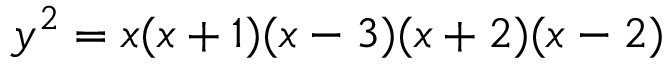
y ^ { 2 } = x ( x + 1 ) ( x - 3 ) ( x + 2 ) ( x - 2 )